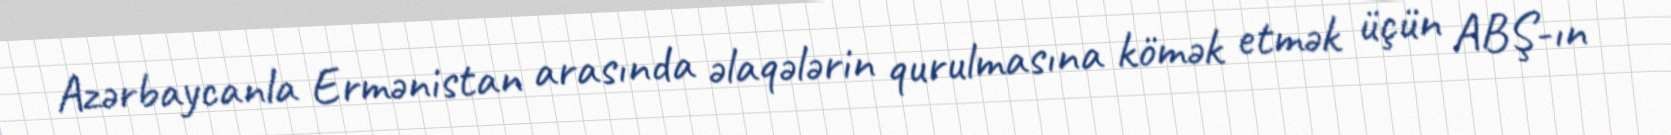
Azərbaycanla Ermənistan arasında əlaqələrin qurulmasına kömək etmək üçün ABŞ-ın